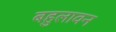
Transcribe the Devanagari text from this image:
बहुलावन